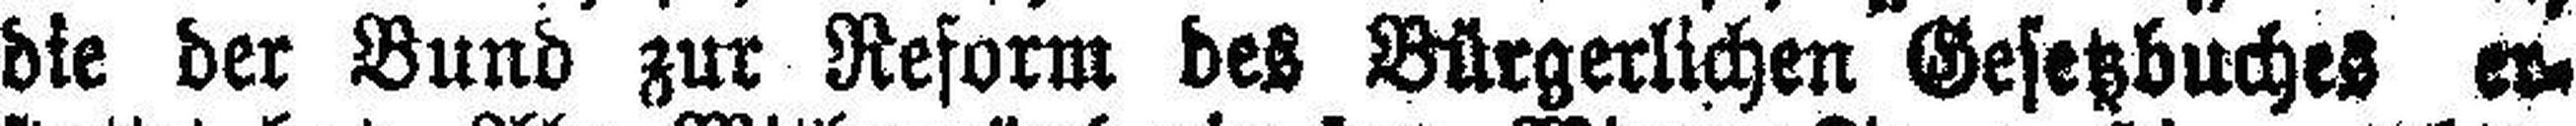
die der Bund zur Reform des Bürgerlichen Gesetzbuches er¬